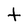
Character: t